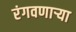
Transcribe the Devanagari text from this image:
रंगवणाऱ्या